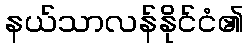
နယ်သာလန်နိုင်ငံ၏